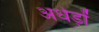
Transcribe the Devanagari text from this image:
अधेड़ों